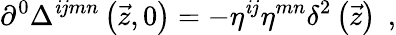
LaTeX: \partial^{0}\Delta^{\mathit{i}jmn}\left(\vec{{z}},0\right)=-\eta^{\mathit{i}j}\eta^{mn}\delta^{2}\left(\vec{{z}}\right)\; \, ,